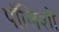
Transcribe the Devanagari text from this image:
पॉलिशों